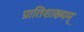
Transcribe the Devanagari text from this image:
प्रातिशाख्यम्